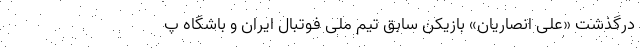
درگذشت «علی انصاریان» بازیکن سابق تیم ملی فوتبال ایران و باشگاه پ